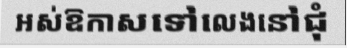
អស់ឱកាសទៅលេងនៅជុំ